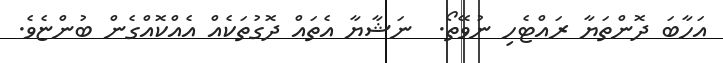
އަހާބަ ދޮންތަޔާ ރައްޓެހި ނުވޭތޯ.  ނަޝާޔާ އެތައް ދޮގުތަކެއް އެއްކޮއްގެން ބުންޏެވެ.